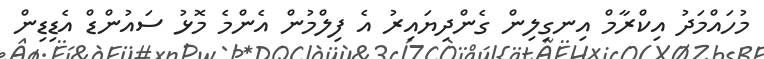
މުހައްމަދު އިކްރާމް އިނގިލިން ގެންދިޔައިރު އެ ފިލްމުން އެންމެ މޮޅު ސައުންޑް އެޑިޑިން